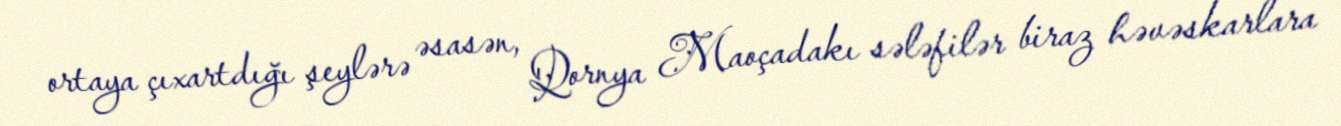
ortaya çıxartdığı şeylərə əsasən, Qornya Maoçadakı sələfilər biraz həvəskarlara